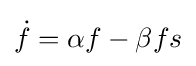
{\dot {f}}=\alpha f-\beta fs